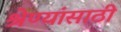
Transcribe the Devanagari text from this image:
श्रेण्यांसाठी